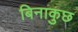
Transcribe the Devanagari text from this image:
बिनाकुछ